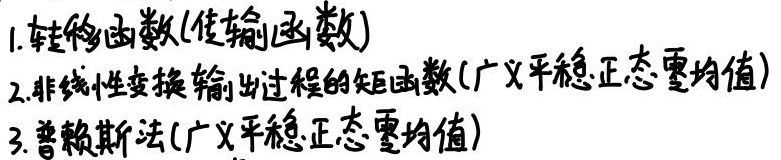
1. 转移函数(传输函数)
2. 非线性变换输出过程的矩函数(广义平稳正态零均值)
3. 普赖斯法(广义平稳正态零均值)